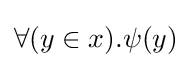
\forall (y\in x).\psi (y)